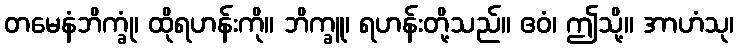
တမေနံဘိက္ခုံ၊ ထိုရဟန်းကို။ ဘိက္ခူ၊ ရဟန်းတို့သည်။ ဧဝံ၊ ဤသို့။ အာဟံသု၊